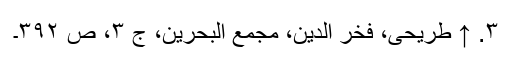
۳. ↑ طریحی، فخر الدین، مجمع البحرین، ج ۳، ص ۳۹۲۔